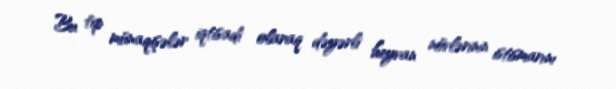
Bu tip münaqişələr iqtisadi olaraq dəyərli heyvan növlərinin istismarını